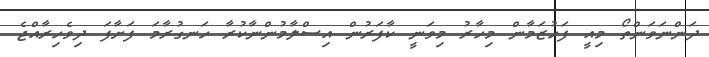
ދަންނަވަންތޯ މިއީ ފަހުޒަމާން މިހާރު މިވަނީ ކާފަރުން އިސްލާމުންނާކުރާ ހަނގުރާމަ ފަށާފަ ދިވެހިރާއްޖެ